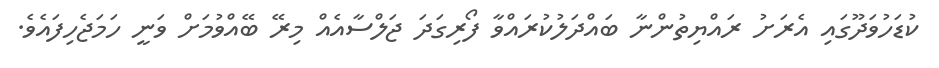
ކުޑަހުވަދޫގައި އެރަށު ރައްޔިތުންނާ ބައްދަލުކުރައްވާ ފޯރިގަދަ ޖަލްސާއެއް މިރޭ ބޭއްވުމަށް ވަނީ ހަމަޖެހިފައެވެ.